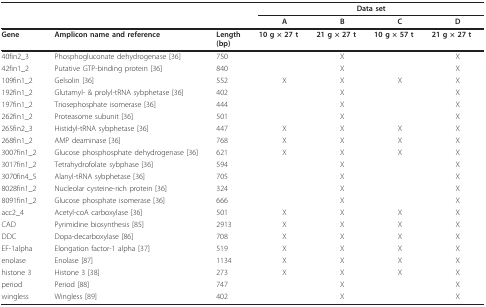
|  |  |  | <COLSPAN=4> Data set |
 |  |  |  | A | B | C | D |
 | --- | --- | --- | --- | --- | --- | --- |
 | Gene | Amplicon name and reference | Length(bp) | 10 g × 27 t | 21 g × 27 t | 10 g × 57 t | 21 g × 27 t |
 | 40fin2_3 | Phosphogluconate dehydrogenase [36] | 750 |  | X |  | X |
 | 42fin1_2 | Putative GTP-binding protein [36] | 840 |  | X |  | X |
 | 109fin1_2 | Gelsolin [36] | 552 | X | X | X | X |
 | 192fin1_2 | Glutamyl- & prolyl-tRNA sybphetase [36] | 402 |  | X |  | X |
 | 197fin1_2 | Triosephosphate isomerase [36] | 444 |  | X |  | X |
 | 262fin1_2 | Proteasome subunit [36] | 501 |  | X |  | X |
 | 265fin2_3 | Histidyl-tRNA sybphetase [36] | 447 | X | X | X | X |
 | 268fin1_2 | AMP deaminase [36] | 768 | X | X | X | X |
 | 3007fin1_2 | Glucose phosphosphate dehydrogenase [36] | 621 | X | X | X | X |
 | 3017fin1_2 | Tetrahydrofolate sybphase [36] | 594 |  | X |  | X |
 | 3070fin4_5 | Alanyl-tRNA sybphetase [36] | 705 |  | X |  | X |
 | 8028fin1_2 | Nucleolar cysteine-rich protein [36] | 324 |  | X |  | X |
 | 8091fin1_2 | Glucose phosphate isomerase [36] | 666 |  | X |  | X |
 | acc2_4 | Acetyl-coA carboxylase [36] | 501 | X | X | X | X |
 | CAD | Pyrimidine biosynthesis [85] | 2913 | X | X | X | X |
 | DDC | Dopa-decarboxylase [86] | 708 | X | X | X | X |
 | EF-1alpha | Elongation factor-1 alpha [37] | 519 | X | X | X | X |
 | enolase | Enolase [87] | 1134 | X | X | X | X |
 | histone 3 | Histone 3 [38] | 273 | X | X | X | X |
 | period | Period [88] | 747 |  | X |  | X |
 | wingless | Wingless [89] | 402 |  | X |  | X |